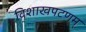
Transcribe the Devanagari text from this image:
विशाखपटणम्‌